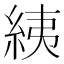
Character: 𦀊